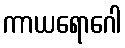
ကာယရောဂေါ